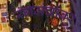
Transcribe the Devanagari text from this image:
रंगमंचांवर